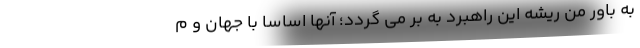
به باور من ریشه این راهبرد به بر می گردد؛ آنها اساساً با جهان و م